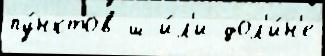
пу́нктов ш и́л'и дол'и́н'е